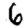
Digit: 6